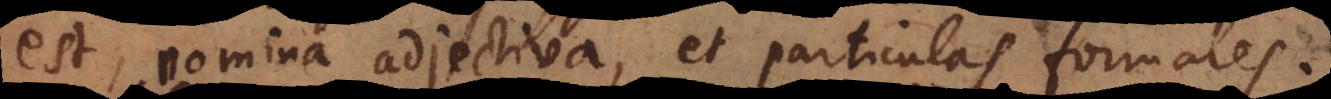
est, nomina adjectiva, et particulas formales.